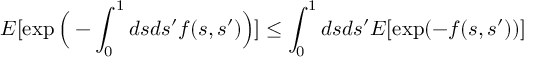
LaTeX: E [ \exp \Big ( - \int _ { 0 } ^ { 1 } d s d s ^ { \prime } f ( s , s ^ { \prime } ) \Big ) ] \leq \int _ { 0 } ^ { 1 } d s d s ^ { \prime } E [ \exp ( - f ( s , s ^ { \prime } ) ) ]